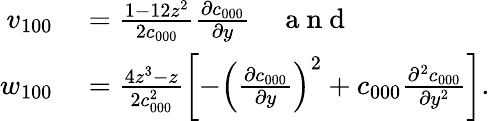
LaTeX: \begin{array}{rl}{v_{100}}&{{}=\frac{1-12z^{2}}{2c_{000}}\frac{\partial c_{000}}{\partial y}\quad\mathrm{~a~n~d~}}\\ {w_{100}}&{{}=\frac{4z^{3}-z}{2c_{000}^{2}}\left[-\left(\frac{\partial c_{000}}{\partial y}\right)^{2}+c_{000}\frac{\partial^{2}c_{000}}{\partial y^{2}}\right].}\end{array}